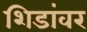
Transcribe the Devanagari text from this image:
शिडांवर